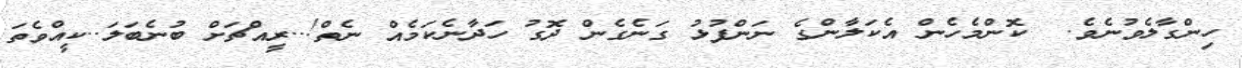
ހިންގާލެވުނެވެ.  ކޮންމެހެން އެކަލާންގެ ނަންފުޅު ގަނެގެން ދޮގު ހަދާނެކަމެއް ނެތް!..ރީއްޗަށް ބުނެބަލަ..ކީއްވެތަ